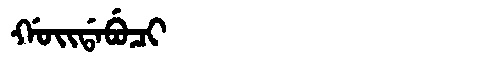
Manchu: ᡤᠣᡳᡩᠠᠪᡠᠴᡳ
Romanization: GOIDABUCI